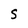
Character: S